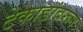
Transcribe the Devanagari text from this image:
टेकाडांवरून